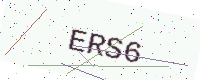
Text: ERS6